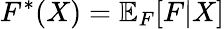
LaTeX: F^{*}(X)=\mathbb{E}_{F}[F|X]